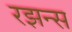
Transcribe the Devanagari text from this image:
रझन्स